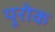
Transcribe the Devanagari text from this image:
यूरोक